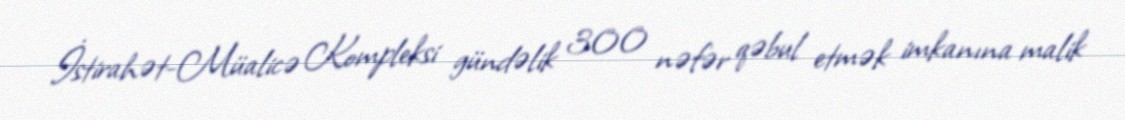
İstirahət-Müalicə Kompleksi gündəlik 300 nəfər qəbul etmək imkanına malik